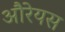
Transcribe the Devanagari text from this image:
औरेयस